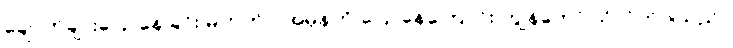
ချောက်ချားပြောနေခြင်း မဟုတ်ပဲ အမှန်ကို ပြောနေကြောင်း ကျွန်တော် သိလိုက်ပါသည်။